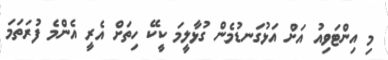
މި އިންޓަވިއު އަށް އަޅުގަނޑުމެން ގުޅާލީމަ ކީކޭ ހިތަށް އެރީ އެންމެ ފުރަތަމަ